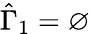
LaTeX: \hat{\Gamma}_{1}=\varnothing